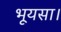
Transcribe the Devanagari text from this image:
भूयसा।